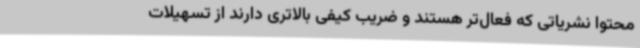
محتوا نشریاتی که فعال‌تر هستند و ضریب کیفی بالاتری دارند از تسهیلات